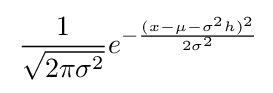
\,{\frac {1}{\sqrt {2\pi \sigma ^{2}}}}e^{-{\frac {(x-\mu -\sigma ^{2}h)^{2}}{2\sigma ^{2}}}}